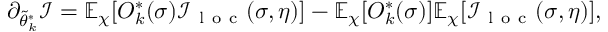
\partial _ { \Tilde { \theta } _ { k } ^ { * } } \mathcal { I } = \mathbb { E } _ { \chi } [ O _ { k } ^ { * } ( \sigma ) \mathcal { I } _ { \mathrm { ~ l ~ o ~ c ~ } } ( \sigma , \eta ) ] - \mathbb { E } _ { \chi } [ O _ { k } ^ { * } ( \sigma ) ] \mathbb { E } _ { \chi } [ \mathcal { I } _ { \mathrm { ~ l ~ o ~ c ~ } } ( \sigma , \eta ) ] ,